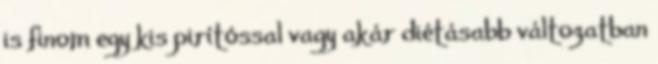
is finom egy kis pirítóssal vagy akár diétásabb változatban